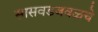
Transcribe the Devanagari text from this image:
सासवडजवळचे